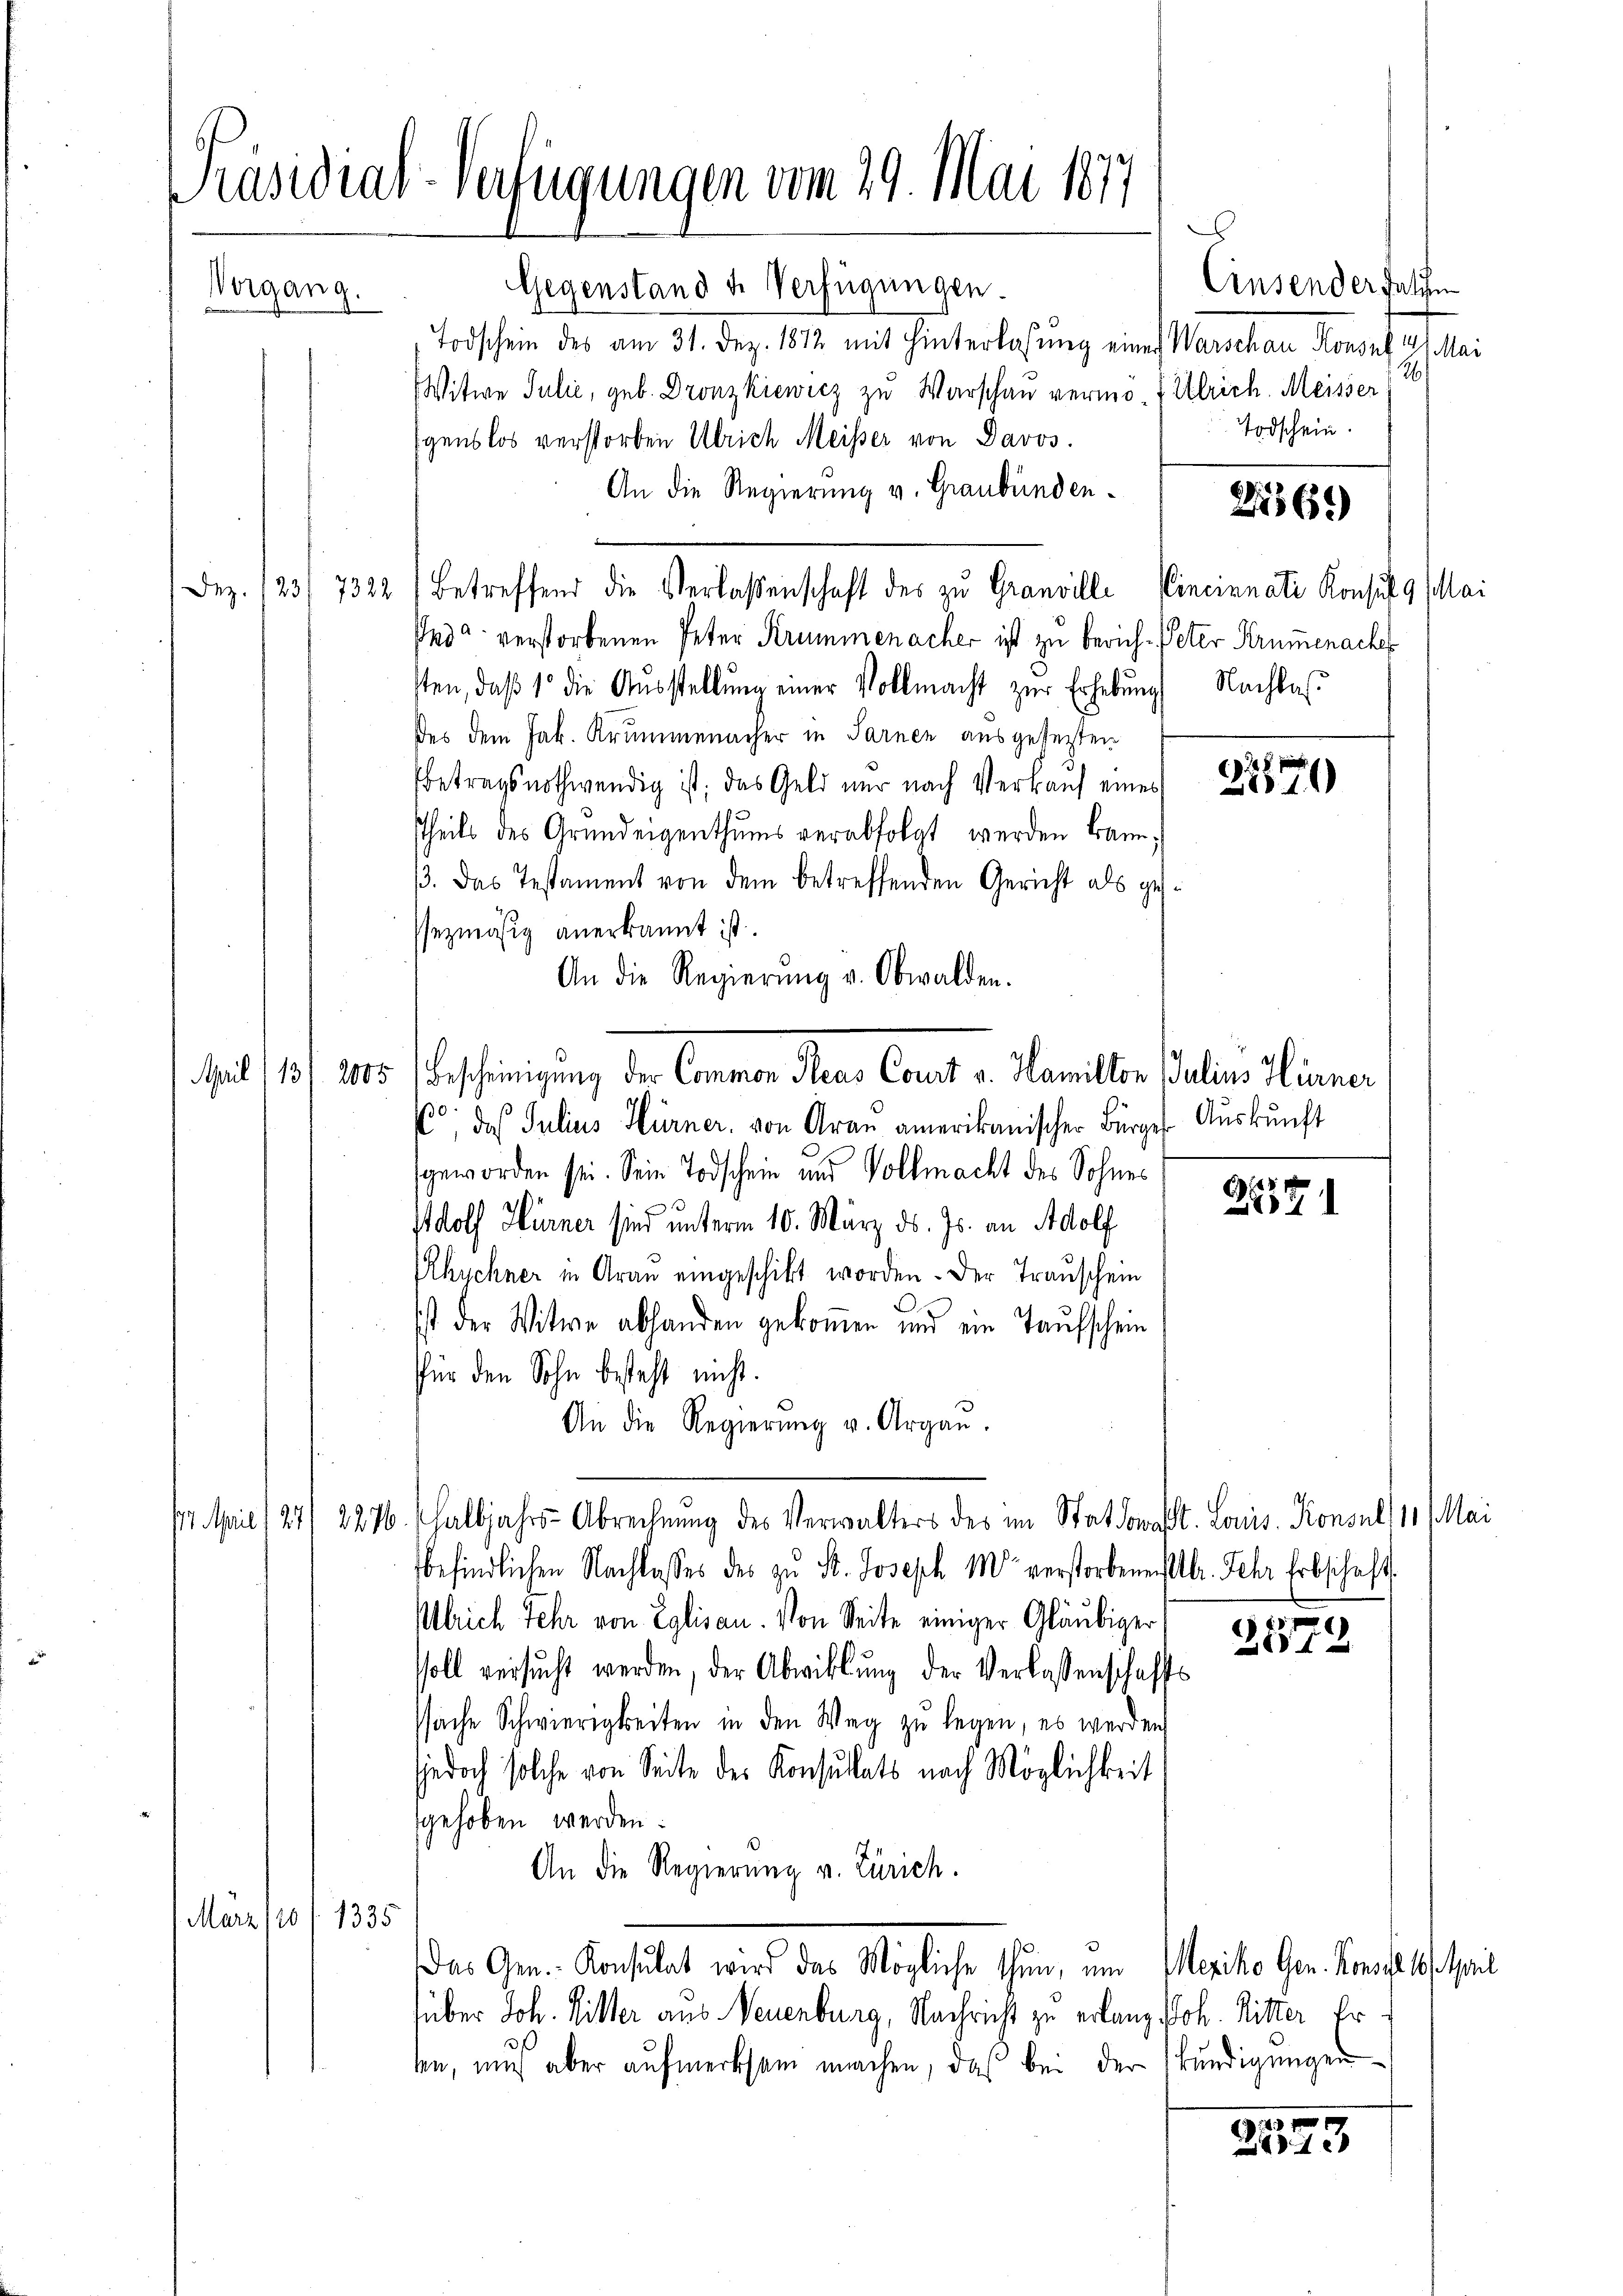
Präsidial-Verfügungen vom 29. Mai 1877
Gegenstand u. Verfügungen.
Vorgang.
Todschein des am 31. Dez. 1812 mit Hinterlassŭng eines Warschau Konsul 11. Mai

Witwe Julić, geb. Dronzkiewicz zu Warschau vermo- Ulrich. Meisser
igenslos verstorben Ulrich Meiser von Davos.
An die Regierŭng v. Graubünden. 228565)
Pesa verstorbenen Peter Krummenacher ist zu berich. Peter Krumenache
sten, daβ die Aŭsstellŭng einer Vollmacht zŭr Erhebŭng Nachlas
des dem Jak. Krummenacher in Sarnen ausgesezten
betrags nothwendig ist; das Geld nur nach Verkauf eines 288. 11
Theils des Grundeigenthums verabfolgt werden kann,
3. Das Testament von dem betreffenden Gericht als gessezmäsig anerkannt ist.
An die Regierŭng v. Obwalden.
Mit 1 1/205. Bescheinigung der Common Reue Court v. Hamillen Julius Sinner
C; das Julius Hürner, von Arau amerikanischer Bürger Auskunft
geworden sei. Sein Todschein und Vollmacht des Sohnes
 Wolf Hurner sind unterm 10. März ds. Js. an Adolf
Rhychner in Arau eingeschikt worden. Der Transchein
ist der Witwe abhanden gekommen und ein Taufschein
für den Sohn besteht nicht.
An die Regierŭng u. Argau.
14. April 1241 2276. halbjahrs-Abrechnŭng des Verwalters des im Stat donat. Louis. Konsul 11 Mai
befindlichen Nachlasses des zu St. Joseph M verstorbenenstr. Fehr Erbschaft
Ulrich sehr von Eglisau. Von Seite einiger Gläubiger
soll versucht werden, der Abwicklung der Verlassenschafts
ssache Schwierigkeiten in den Weg zŭ legen, es werden
jedoch solche von Seite des Konsultats nach Möglichkeit
fgehoben werden.
An die Regierung v. Zürich.
März fo f. 1335
Das Gem. Konsulat wird das Mögliche thun, um Meriche Gen. Konfessori
über Joh. Ritter aus Neuenburg, Nachricht zu erlang Joh. Ritter Ersen, mich aber aufmerksam machen, das bei der kündigungen

Dez. 123/7322 betreffend die Verlassenschaft des zu Granville Cincinnati Konsul 9 Mai

Einsender Faschen
26)
Todschein.

.

151.
4

)
281

2579